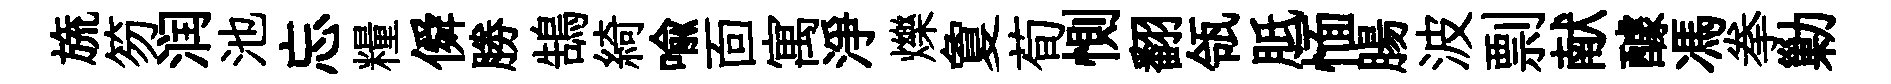
旒笏润池忘糧僢勝鵠綺喻靣寓淨爍夐荀惻翻瓴胝愐腸波剽献醵馮拳勦